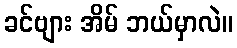
ခင်ဗျား အိမ် ဘယ်မှာလဲ။